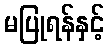
မပြုရန်နှင့်